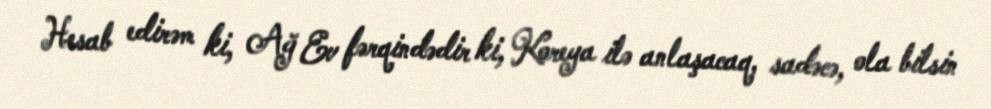
Hesab edirəm ki, Ağ Ev fərqindədir ki, Koreya ilə anlaşacaq, sadəcə, ola bilsin